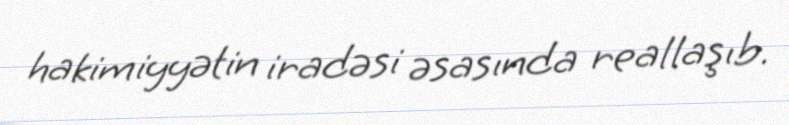
hakimiyyətin iradəsi əsasında reallaşıb.